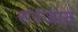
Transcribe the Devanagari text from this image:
सज्जात